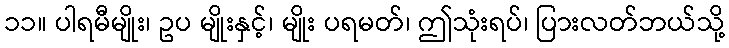
၁၁။ ပါရမီမျိုး၊ ဥပ မျိုးနှင့်၊ မျိုး ပရမတ်၊ ဤသုံးရပ်၊ ပြားလတ်ဘယ်သို့